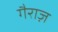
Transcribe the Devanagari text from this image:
गैराज़